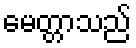
မေတ္တာသည်